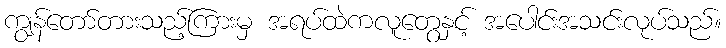
ကျွန်တော်တားသည့်ကြားမှ အရပ်ထဲကလူတွေနှင့် အပေါင်းအသင်းလုပ်သည်။